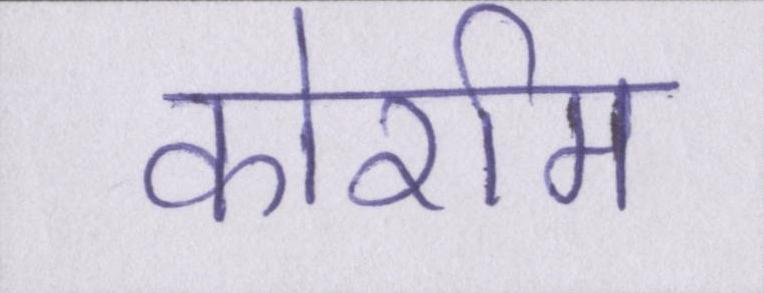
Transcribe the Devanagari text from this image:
कोर्राम